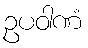
ဥပဝါဏံ